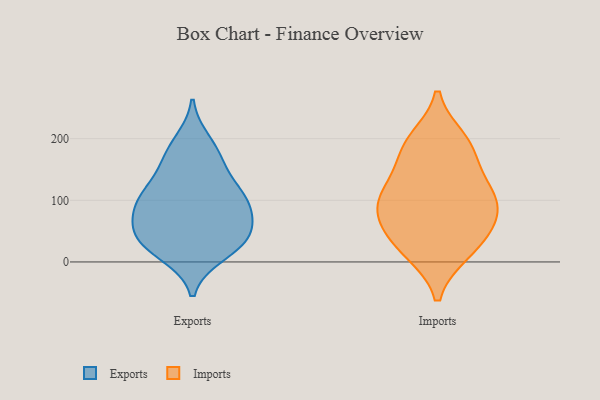
{"axis": {"x": "Revenue (USD Million)", "y": "Value"}, "legend": ["Exports", "Imports"], "data": [{"x": "", "y": 130, "type": "Exports"}, {"x": "", "y": 195, "type": "Exports"}, {"x": "", "y": 41, "type": "Exports"}, {"x": "", "y": 104, "type": "Exports"}, {"x": "", "y": 90, "type": "Exports"}, {"x": "", "y": 66, "type": "Exports"}, {"x": "", "y": 114, "type": "Exports"}, {"x": "", "y": 96, "type": "Exports"}, {"x": "", "y": 46, "type": "Exports"}, {"x": "", "y": 42, "type": "Exports"}, {"x": "", "y": 36, "type": "Exports"}, {"x": "", "y": 90, "type": "Exports"}, {"x": "", "y": 19, "type": "Exports"}, {"x": "", "y": 170, "type": "Exports"}, {"x": "", "y": 13, "type": "Exports"}, {"x": "", "y": 168, "type": "Exports"}, {"x": "", "y": 107, "type": "Imports"}, {"x": "", "y": 16, "type": "Imports"}, {"x": "", "y": 183, "type": "Imports"}, {"x": "", "y": 70, "type": "Imports"}, {"x": "", "y": 198, "type": "Imports"}, {"x": "", "y": 187, "type": "Imports"}, {"x": "", "y": 141, "type": "Imports"}, {"x": "", "y": 16, "type": "Imports"}, {"x": "", "y": 97, "type": "Imports"}, {"x": "", "y": 51, "type": "Imports"}, {"x": "", "y": 95, "type": "Imports"}, {"x": "", "y": 112, "type": "Imports"}, {"x": "", "y": 50, "type": "Imports"}]}